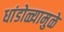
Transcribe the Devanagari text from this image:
धांडोळ्यामुळे